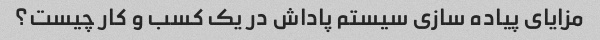
مزایای پیاده سازی سیستم پاداش در یک کسب و کار چیست؟